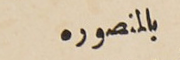
بالمنصوره